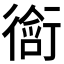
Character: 𬡀